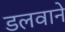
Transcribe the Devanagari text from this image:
डलवाने